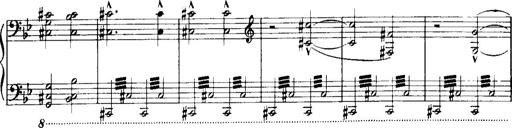
Title: Historische ungarische Bildnisse
Composer: Franz Liszt